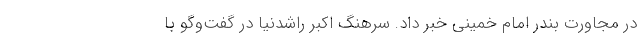
در مجاورت بندر امام خمینی خبر داد. سرهنگ اکبر راشدنیا در گفت‌وگو با